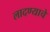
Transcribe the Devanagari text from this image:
लादण्याचे